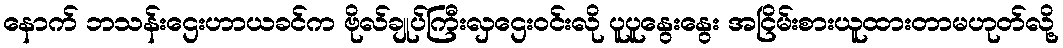
နောက် ဘသန်းဌေးဟာယခင်က ဗိုလ်ချုပ်ကြီးလှဌေးဝင်းလို ပူပူနွေးနွေး အငြိမ်းစားယူထားတာမဟုတ်လို့